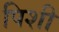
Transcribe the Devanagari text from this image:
पिशी